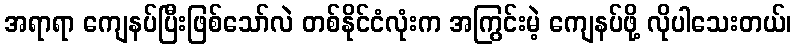
အရာရာ ကျေနပ်ပြီးဖြစ်သော်လဲ တစ်နိုင်ငံလုံးက အကြွင်းမဲ့ ကျေနပ်ဖို့ လိုပါသေးတယ်၊